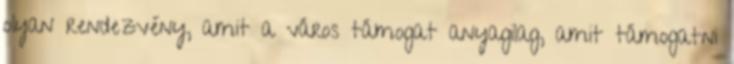
olyan rendezvény, amit a város támogat anyagilag, amit támogatni